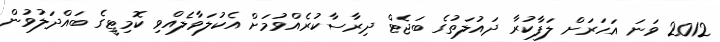
2012 ވަނަ އަހަރަށް ލަފާކުރާ ދައުލަތުގެ ބަޖެޓް ދިރާސާކުރެއްވުމަށް އެކުލަވާލެއްވި ކޮމިޓީގެ ބައްދަލުވުން